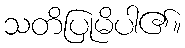
သတိပြုမိပါ၏။